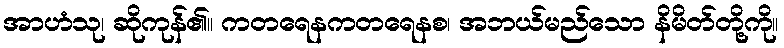
အာဟံသု၊ ဆိုကုန်၏။ ကတရေနကတရေနစ၊ အဘယ်မည်သော နိမိတ်တို့ကို။